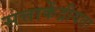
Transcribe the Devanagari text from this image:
सत्ताकेंद्रीयता